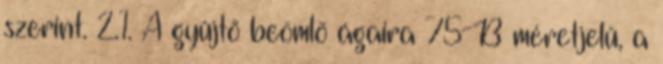
szerint. 2.1. A gyûjtõ beömlõ ágaira 75-B méretjelû, a